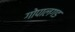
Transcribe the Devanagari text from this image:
गोपालगड